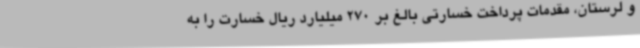
و لرستان، مقدمات پرداخت خسارتی بالغ بر 270 میلیارد ریال خسارت را به